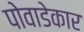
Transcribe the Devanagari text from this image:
पोवाडेकार